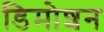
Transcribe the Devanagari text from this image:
डिमोशन